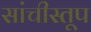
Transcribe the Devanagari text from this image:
सांचीस्तूप